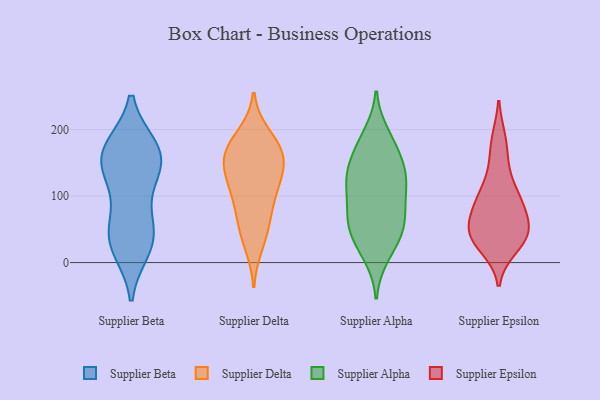
{"axis": {"x": "Churn Rate (%)", "y": "Value"}, "legend": ["Supplier Alpha", "Supplier Beta", "Supplier Delta", "Supplier Epsilon"], "data": [{"x": "", "y": 145, "type": "Supplier Beta"}, {"x": "", "y": 24, "type": "Supplier Beta"}, {"x": "", "y": 54, "type": "Supplier Beta"}, {"x": "", "y": 143, "type": "Supplier Beta"}, {"x": "", "y": 174, "type": "Supplier Beta"}, {"x": "", "y": 138, "type": "Supplier Beta"}, {"x": "", "y": 174, "type": "Supplier Beta"}, {"x": "", "y": 128, "type": "Supplier Beta"}, {"x": "", "y": 31, "type": "Supplier Beta"}, {"x": "", "y": 75, "type": "Supplier Beta"}, {"x": "", "y": 45, "type": "Supplier Beta"}, {"x": "", "y": 20, "type": "Supplier Beta"}, {"x": "", "y": 174, "type": "Supplier Beta"}, {"x": "", "y": 168, "type": "Supplier Beta"}, {"x": "", "y": 170, "type": "Supplier Delta"}, {"x": "", "y": 119, "type": "Supplier Delta"}, {"x": "", "y": 143, "type": "Supplier Delta"}, {"x": "", "y": 179, "type": "Supplier Delta"}, {"x": "", "y": 91, "type": "Supplier Delta"}, {"x": "", "y": 147, "type": "Supplier Delta"}, {"x": "", "y": 165, "type": "Supplier Delta"}, {"x": "", "y": 191, "type": "Supplier Delta"}, {"x": "", "y": 124, "type": "Supplier Delta"}, {"x": "", "y": 158, "type": "Supplier Delta"}, {"x": "", "y": 27, "type": "Supplier Delta"}, {"x": "", "y": 98, "type": "Supplier Delta"}, {"x": "", "y": 50, "type": "Supplier Delta"}, {"x": "", "y": 61, "type": "Supplier Delta"}, {"x": "", "y": 121, "type": "Supplier Alpha"}, {"x": "", "y": 66, "type": "Supplier Alpha"}, {"x": "", "y": 42, "type": "Supplier Alpha"}, {"x": "", "y": 85, "type": "Supplier Alpha"}, {"x": "", "y": 150, "type": "Supplier Alpha"}, {"x": "", "y": 11, "type": "Supplier Alpha"}, {"x": "", "y": 119, "type": "Supplier Alpha"}, {"x": "", "y": 23, "type": "Supplier Alpha"}, {"x": "", "y": 174, "type": "Supplier Alpha"}, {"x": "", "y": 192, "type": "Supplier Alpha"}, {"x": "", "y": 129, "type": "Supplier Alpha"}, {"x": "", "y": 95, "type": "Supplier Alpha"}, {"x": "", "y": 48, "type": "Supplier Alpha"}, {"x": "", "y": 179, "type": "Supplier Alpha"}, {"x": "", "y": 139, "type": "Supplier Alpha"}, {"x": "", "y": 64, "type": "Supplier Alpha"}, {"x": "", "y": 58, "type": "Supplier Alpha"}, {"x": "", "y": 129, "type": "Supplier Alpha"}, {"x": "", "y": 104, "type": "Supplier Epsilon"}, {"x": "", "y": 32, "type": "Supplier Epsilon"}, {"x": "", "y": 92, "type": "Supplier Epsilon"}, {"x": "", "y": 22, "type": "Supplier Epsilon"}, {"x": "", "y": 186, "type": "Supplier Epsilon"}, {"x": "", "y": 96, "type": "Supplier Epsilon"}, {"x": "", "y": 148, "type": "Supplier Epsilon"}, {"x": "", "y": 56, "type": "Supplier Epsilon"}, {"x": "", "y": 62, "type": "Supplier Epsilon"}, {"x": "", "y": 48, "type": "Supplier Epsilon"}, {"x": "", "y": 42, "type": "Supplier Epsilon"}]}